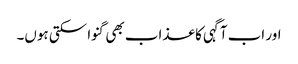
اور اب آگہی کا عذاب بھی گنوا سکتی ہوں۔